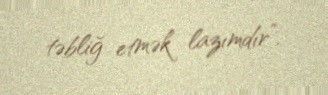
təbliğ etmək lazımdır”.